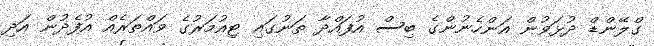
ގްލޭންޑް ދުޅަވުން އަންހެނުންގެ ބިސް އުފައްދާ ތަނުގައި ޓިއުމަރުގެ ވައްތަރެއް އުފެދުން އަދި